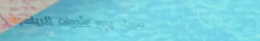
محل بيع الأدوات الرياضية: